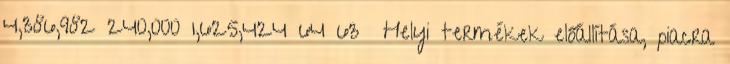
4,386,982 240,000 1,625,424 64 63 ▪Helyi termékek előállítása, piacra